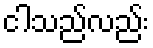
ငါသည်လည်း